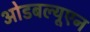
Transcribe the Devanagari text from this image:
ओडबल्यूएन